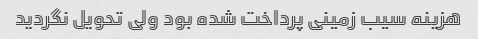
هزینه سیب زمینی پرداخت شده بود ولی تحویل نگردید